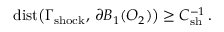
\mathrm { { d i s t } } \big ( \Gamma _ { \mathrm { { s h o c k } } } , \, \partial B _ { 1 } ( O _ { 2 } ) \big ) \geq C _ { \mathrm { s h } } ^ { - 1 } \, .